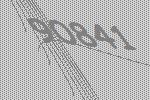
90841